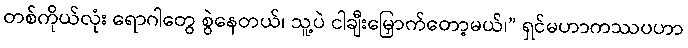
တစ်ကိုယ်လုံး ရောဂါတွေ စွဲနေတယ်၊ သူ့ပဲ ငါချီးမြှောက်တော့မယ်၊” ရှင်မဟာကဿပဟာ